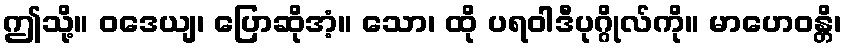
ဤသို့။ ဝဒေယျ၊ ပြောဆိုအံ့။ သော၊ ထို ပရဝါဒီပုဂ္ဂိုလ်ကို။ မာဟေဝန္တိ၊